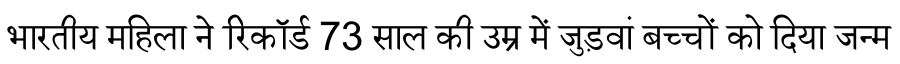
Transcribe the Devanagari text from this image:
भारतीय महिला ने रिकॉर्ड 73 साल की उम्र में जुड़वां बच्चों को दिया जन्म